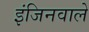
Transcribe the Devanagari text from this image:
इंजिनवाले